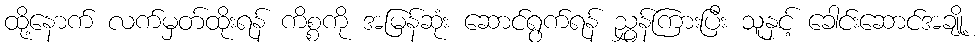
ထို့နောက် လက်မှတ်ထိုးရန် ကိစ္စကို အမြန်ဆုံး ဆောင်ရွက်ရန် ညွှန်ကြားပြီး သူနှင့် ခေါင်းဆောင်အချို့